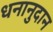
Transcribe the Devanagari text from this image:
धनानुदान